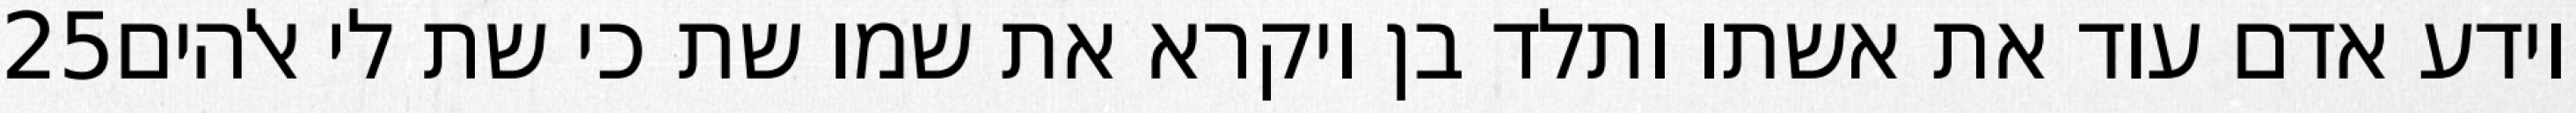
‎25‏ וידע אדם עוד את אשתו ותלד בן ויקרא את שמו שת כי שת לי אלהים